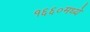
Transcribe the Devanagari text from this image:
१६६०मध्ये